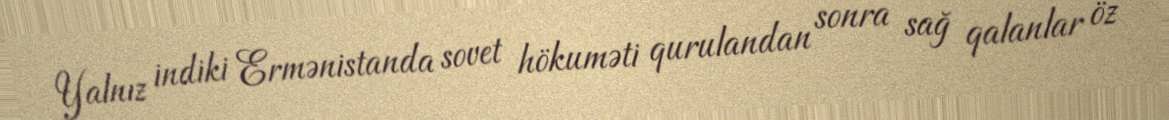
Yalnız indiki Ermənistanda sovet hökuməti qurulandan sonra sağ qalanlar öz